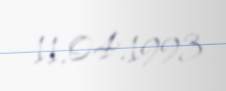
11.04.1993